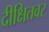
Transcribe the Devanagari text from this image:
दीक्षितवर